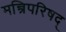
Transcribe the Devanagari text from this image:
मन्त्रिपरिषद्‍